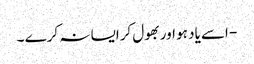
- اسے یاد ہو اوربھول کرایسا نہ کرے ۔